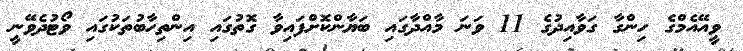
ވީއޭއެމްގެ ހިންގާ ގަވާއިދުގެ 11 ވަނަ މާއްދާގައި ބަޔާންކޮށްފައިވާ ގޮތުގައި އިންތިހާބުތަކުގައި ވޯޓުދެވޭނީ